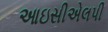
આઇસીએલપી